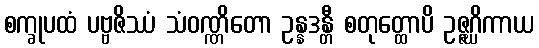
စက္ခုပထံ ပဗ္ဗဇိဿံ သံဝဏ္ဏိတော ဥန္နဒန္တီ စတုတ္ထောပိ ဥဇ္ဇဂ္ဃိကာယ